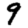
Digit: 9